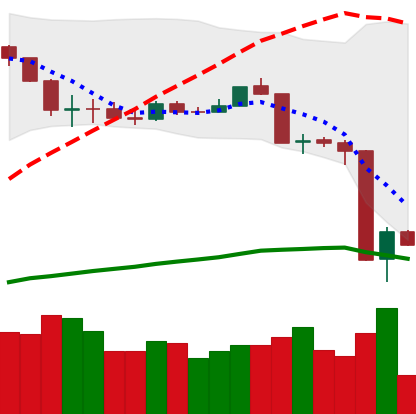
Ticker: ETH-USD
Chart end date: 2020-03-14
Forward return: 10.776%
Label: up_7plus